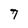
Character: 7